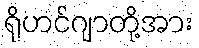
ရိုဟင်ဂျာတို့အား